Jarvakandi_vallavalitsus, lk 7
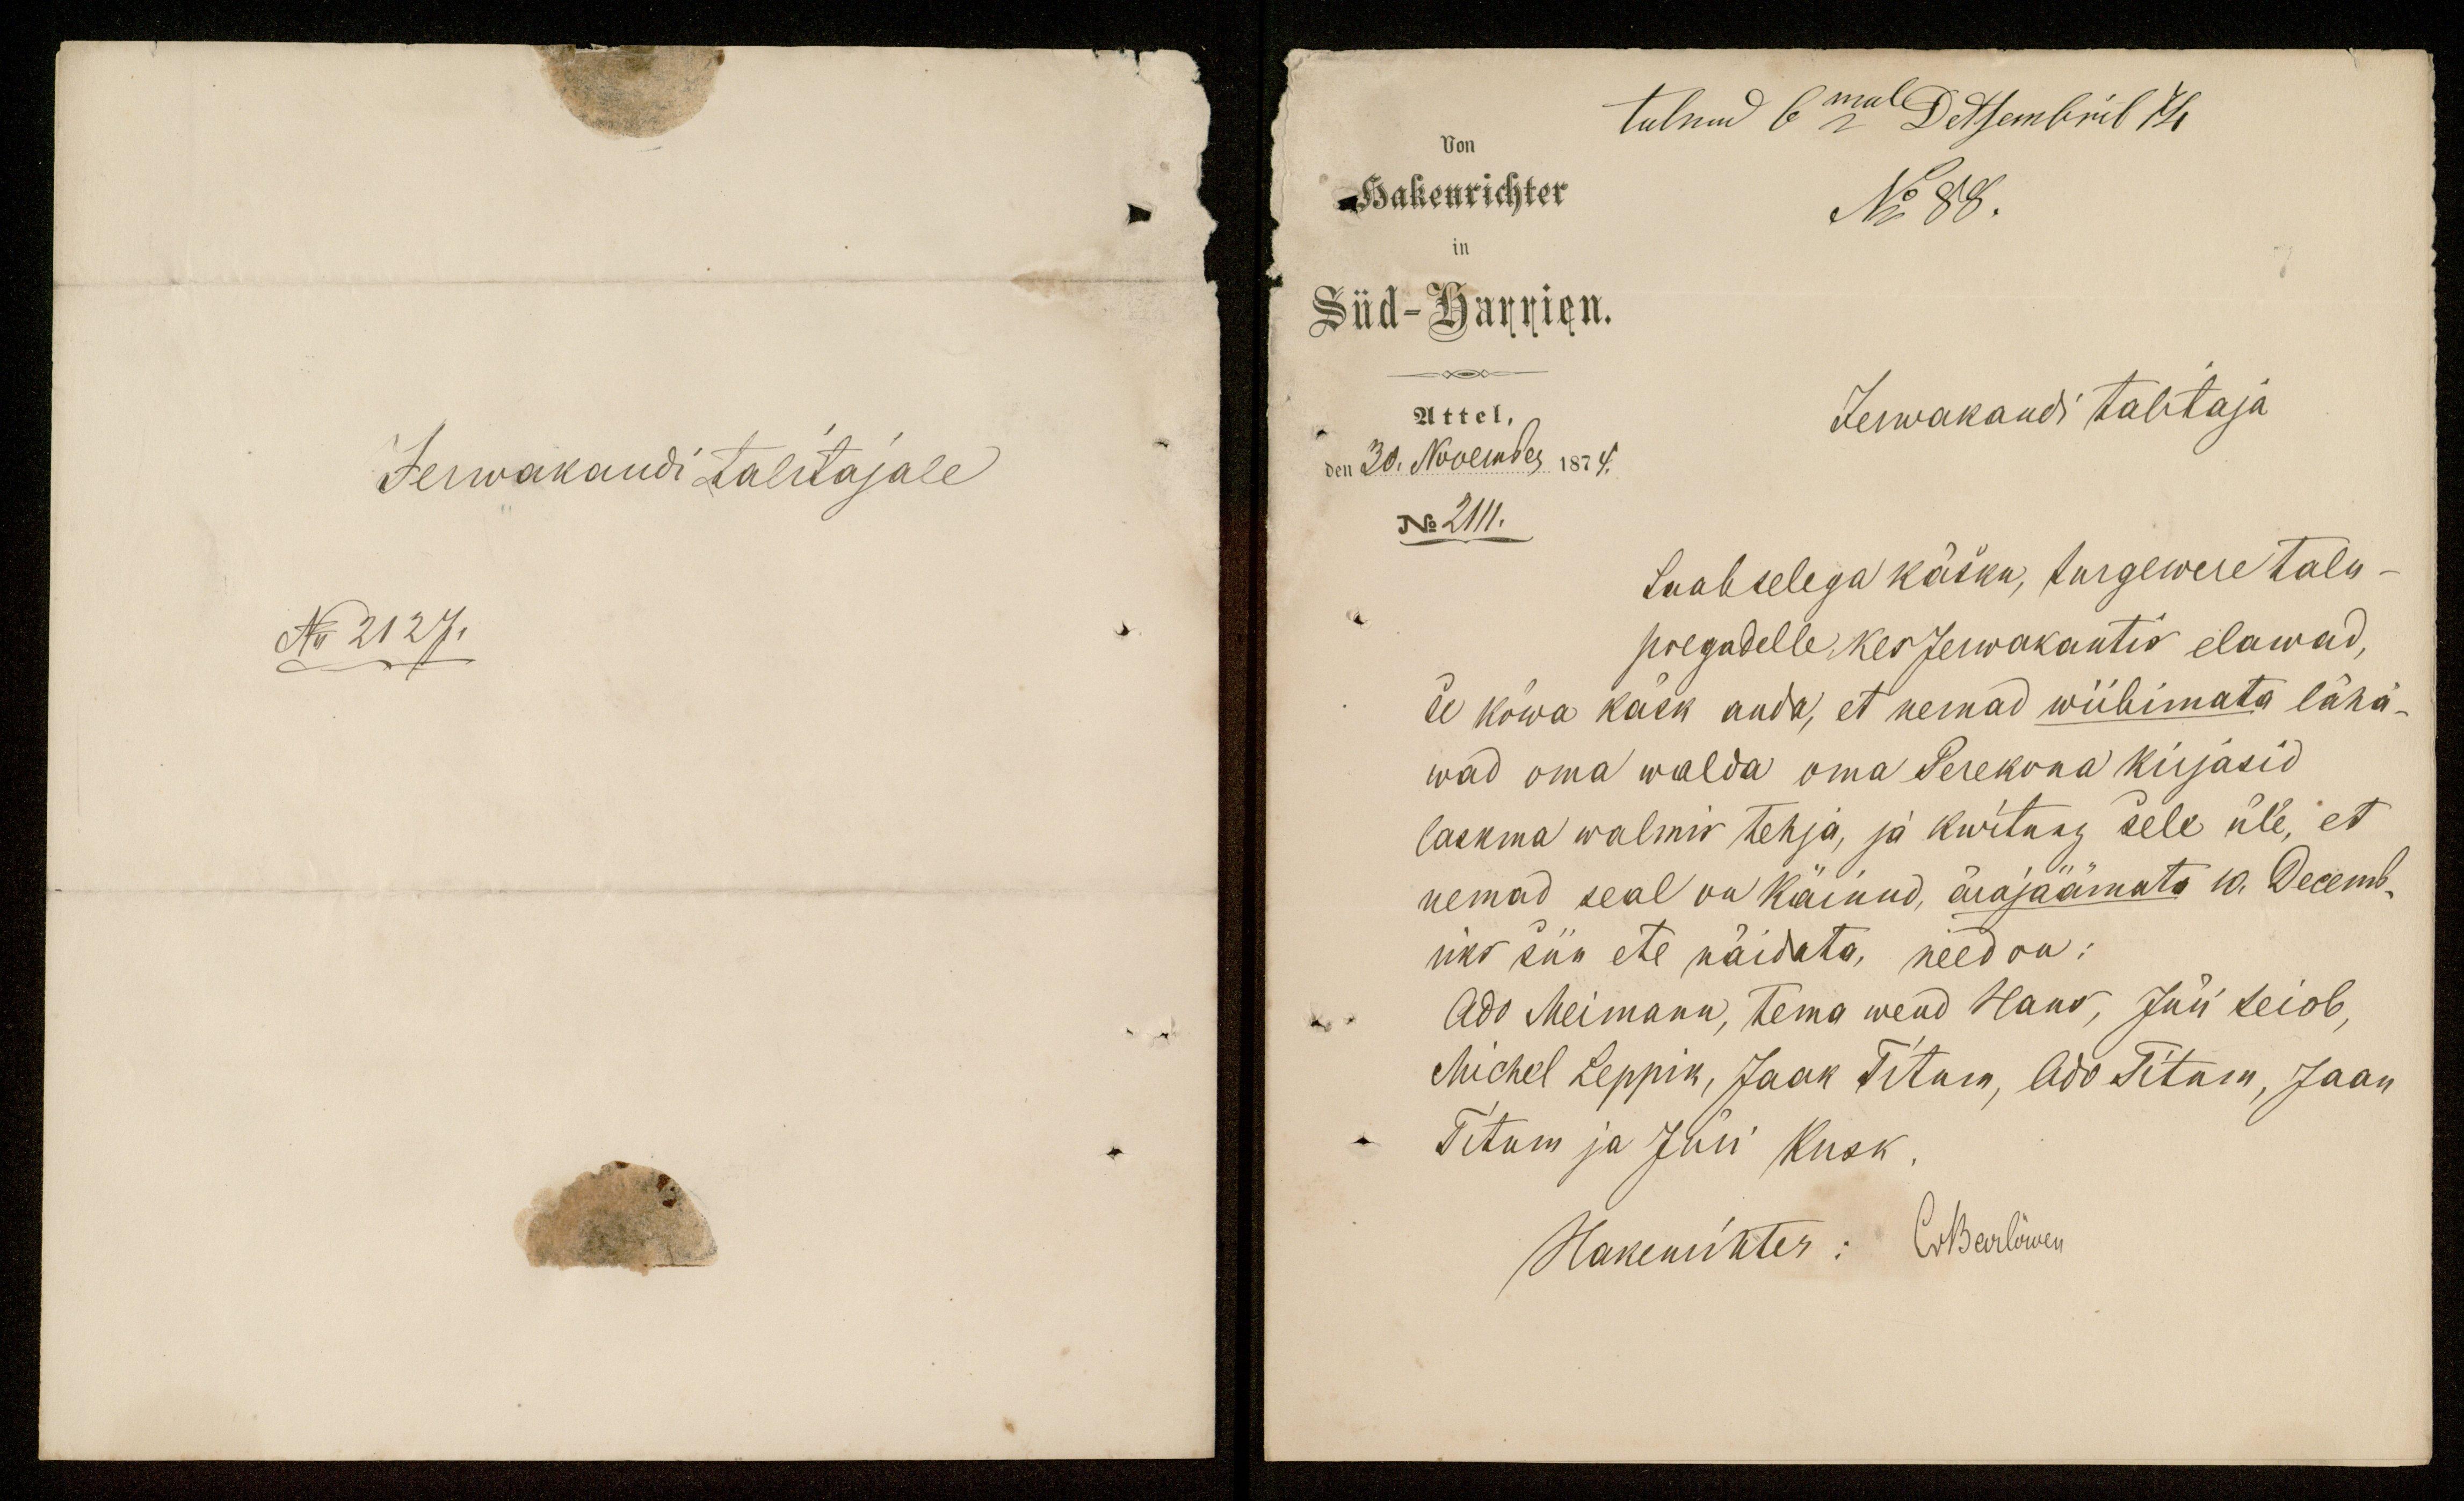
Jerwakandi Talitajale
N: 2127.

tulnud 6mal Detsembril 74
Hakenrichter
No 88.
Süd-Harrien.
Attel.
Jerwakandi talitaja
den 30. November 1874.
No 2111.
Saab selega käsku, turgewere talu-
poegadelle kes Jerwakantis elawad,
et kõwa käsk anda, et nemad wiibimata läha-
wad oma walda oma Perekona kirjasid
laskma walmis tehja, ja kwitung sele üle, et
nemad seal on käinud, ärajäämata 10. Decemb-
riks siin ete näidata, need on:
Ado Meimann, tema wend Hans, Jüri teiob,
Michel Leppik, Jaak Titum, Ado Titum, Jaan
Titum ja Jüri Kusk.
Hakenrichter: Oskarlöwen